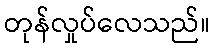
တုန်လှုပ်လေသည်။